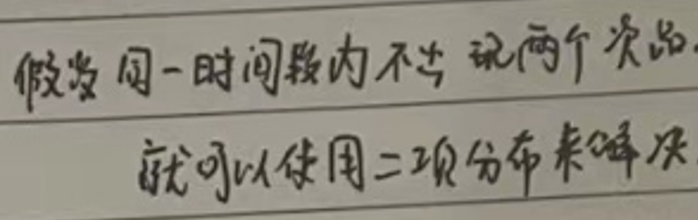
假设同一时间段内不  玩两个次品，就可以使用二项分布来解决。